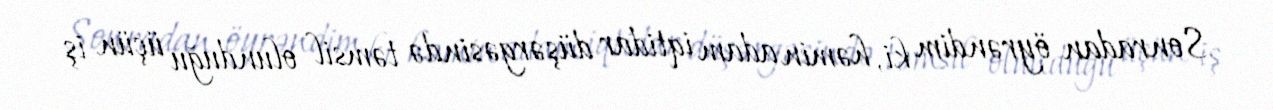
Sonradan öyrəndim ki, həmin adam iqtidar düşərgəsində təmsil olunduğu üçün iş